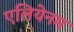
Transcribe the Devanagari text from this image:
एलियेनम